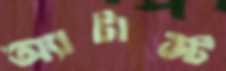
অ্যাটাস্ট